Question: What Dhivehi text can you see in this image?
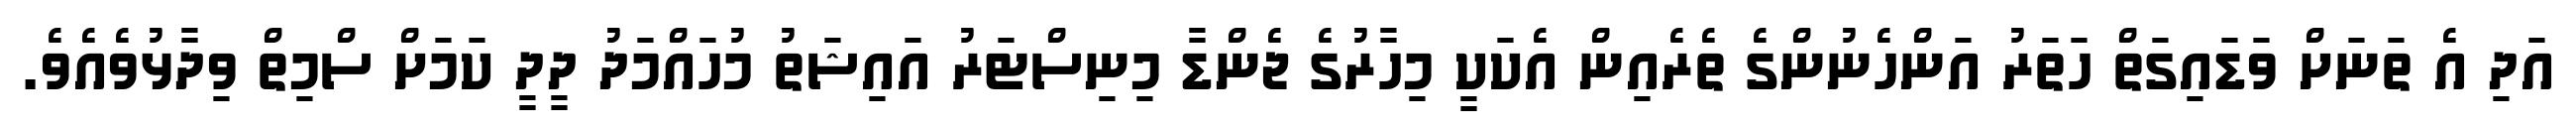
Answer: އަދި އެ ތަނަށް ވަޑައިގަތް ހަތަރު އަންހެނުންގެ ތެރެއިން އެކަކީ މިހާރުގެ ޖެންޑާ މިނިސްޓަރު އައިޝަތު މުހައްމަދު ދީދީ ކަމަށް ސްމިތް ވިދާޅުވެއެވެ.